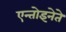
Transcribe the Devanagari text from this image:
एन्तोइनेते